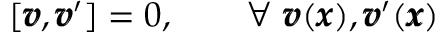
[ { \pmb v } , { \pmb v } ^ { \prime } ] = 0 , \qquad \forall \ { \pmb v } ( { \pmb x } ) , { \pmb v } ^ { \prime } ( { \pmb x } )